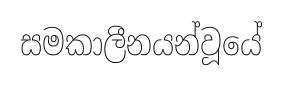
සමකාලීනයන්වූයේ